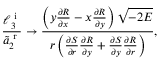
\frac { \ell _ { 3 } ^ { \textrm { i } } } { \tilde { a } _ { 2 } ^ { \textrm { r } } } \rightarrow \frac { \left( y \frac { \partial R } { \partial x } - x \frac { \partial R } { \partial y } \right) \sqrt { - 2 E } } { r \left( \frac { \partial S } { \partial r } \frac { \partial R } { \partial y } + \frac { \partial S } { \partial y } \frac { \partial R } { \partial r } \right) } ,